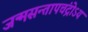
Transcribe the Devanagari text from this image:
जन्मसन्तापचंद्रोऽयं